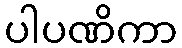
ပါပဏိကာ